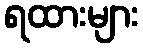
ရထားများ